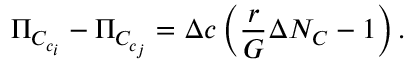
\Pi _ { C _ { c _ { i } } } - \Pi _ { C _ { c _ { j } } } = \Delta c \left( \frac { r } { G } \Delta N _ { C } - 1 \right) .